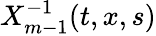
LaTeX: X_{m-1}^{-1}(t,x,s)